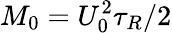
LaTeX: M_{0}=U_{0}^{2}\tau_{R}/2